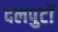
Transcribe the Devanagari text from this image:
दलपुटों